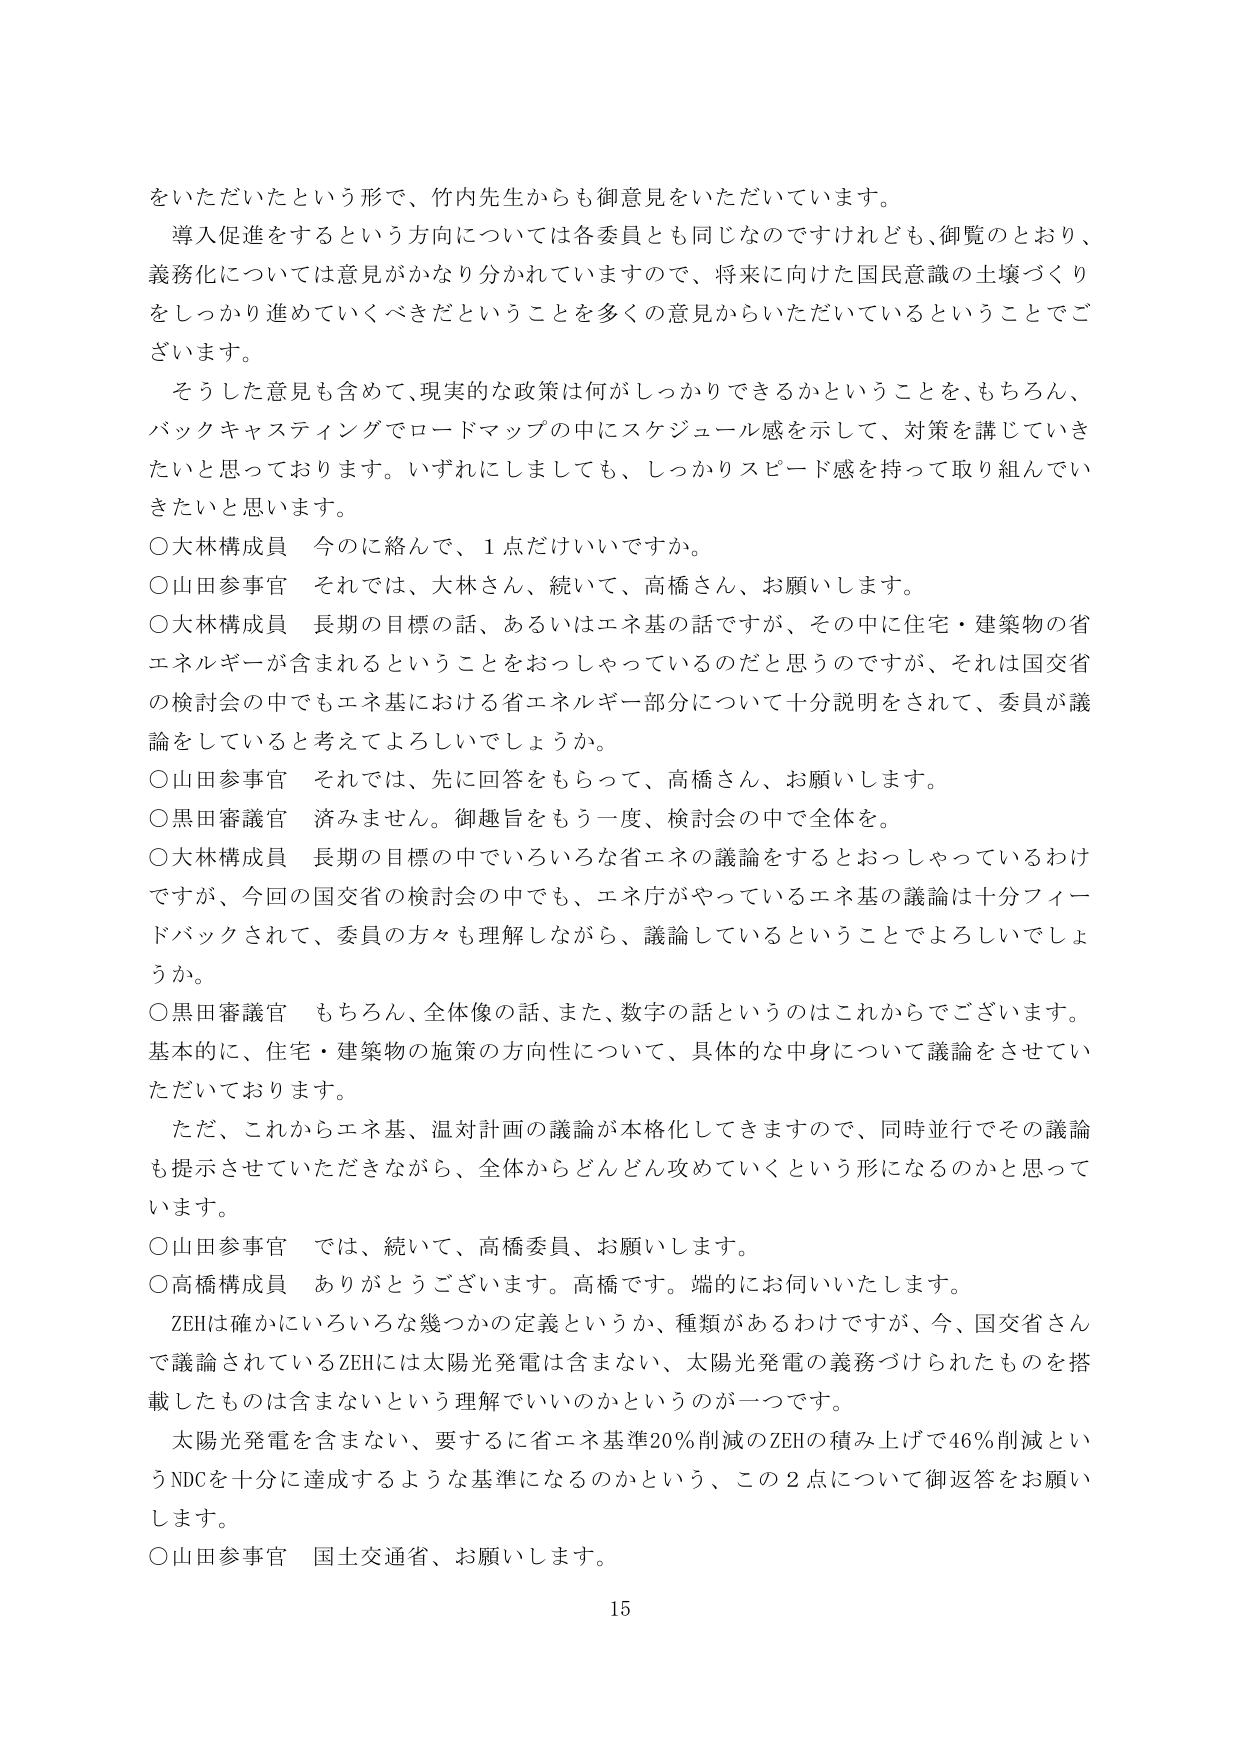
をいただいたという形で、竹内先生からも御意見をいただいています。
導入促進をするという方向については各委員とも同じなのですが、御覧のとおり、
義務化については意見がかなり分かれていますので、将来に向けた国民意識の土壌づくり
をしっかり進めていくべきだということを多くの意見からいただいているということでご
ざいます。
そうした意見も含めて、現実的な政策は何がしっかりできるかということを、もちろん、
バックキャスティングでロードマップの中にスケジュール感を示して、対策を講じていき
たいと思っております。いずれにしましても、しっかりスピード感を持って取り組んでい
きたいと思います。
○大林構成員　今のに絡んで、1点だけいいですか。
○山田参事官　それでは、大林さん、続いて、高橋さん、お願いします。
○大林構成員　長期の目標の話、あるいはエネ基の話ですが、その中に住宅・建築物の省
エネルギーが含まれるということをおっしゃっているのだと思うのですが、それは国交省
の検討会の中でもエネ基における省エネルギー部分について十分説明をされて、委員が議
論をしていると考えてよろしいでしょうか。
○山田参事官　それでは、先に回答をもらって、高橋さん、お願いします。
○黒田審議官　済みません。御趣旨をもう一度、検討会の中で全体を。
○大林構成員　長期の目標の中でいろいろな省エネの議論をするおっしゃっているわけ
ですが、今回の国交省の検討会の中でも、エネ庁がやっているエネ基の議論は十分フィー
ドバックされて、委員の方々も理解しながら、議論しているということでよろしいでしょ
うか。
○黒田審議官　もちろん、全体像の話、また、数字の話というのはこれからでございます。
基本的に、住宅・建築物の施策の方向性について、具体的な中身について議論をさせてい
ただいております。
ただ、これからエネ基、温対計画の議論が本格化してきますので、同時並行でその議論
も提示させていただきながら、全体からどんどん攻めていくという形になるのかと思って
います。
○山田参事官　では、続いて、高橋委員、お願いします。
○高橋構成員　ありがとうございます。高橋です。端的にお伺いいたします。
ZEHは確かにいろいろな幾つかの定義というか、種類があるわけですが、今、国交省さん
で議論されているZEHには太陽光発電は含まない、太陽光発電の義務づけられたものを搭
載したものは含まないという理解でいいのかというのが一つです。
太陽光発電を含まない、要するに省エネ基準20％削減のZEHの積み上げで46％削減とい
うNDCを十分に達成するような基準になるのかという、この2点について御返答をお願い
します。
○山田参事官　国土交通省、お願いします。
15